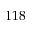
1 1 8